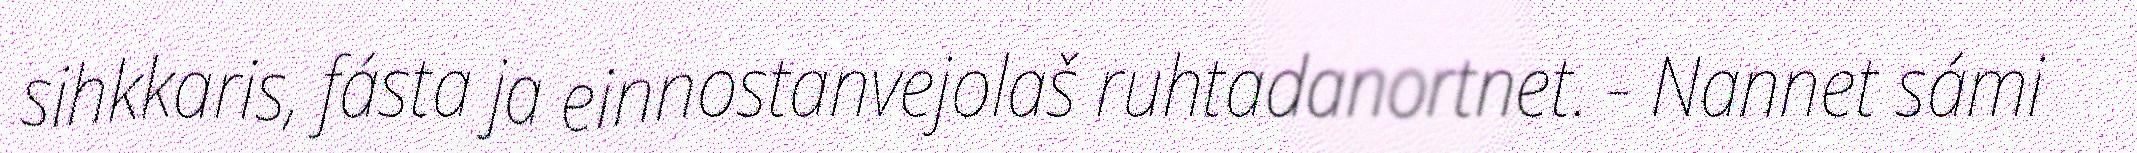
sihkkaris, fásta ja einnostanvejolaš ruhtadanortnet. - Nannet sámi